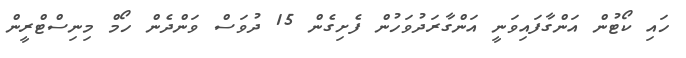
ހައި ކޯޓުން އަންގާފައިވަނީ އަންގާރަދުވަހުން ފެށިގެން 15 ދުވަސް ވަންދެން ހޯމް މިނިސްޓްރީން